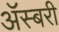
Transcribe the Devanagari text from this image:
ॲस्बरी